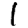
Digit: 1